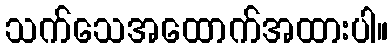
သက်သေအထောက်အထားပါ။